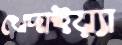
খেদাইয়্যা